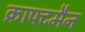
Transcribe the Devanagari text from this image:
क्राफ्टमैन